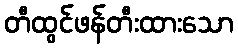
တီထွင်ဖန်တီးထားသော